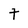
Character: t